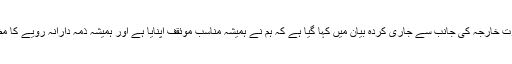
چین کی وزارت خارجہ کی جانب سے جاری کردہ بیان میں کہا گیا ہے کہ ہم نے ہمیشہ مناسب موئقف اپنایا ہے اور ہمیشہ ذمہ دارانہ رویے کا مظاہرہ کیا ہے۔